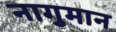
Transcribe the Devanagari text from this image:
नागुमान